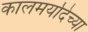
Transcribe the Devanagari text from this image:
कालमर्यादेच्या